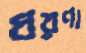
ধরণা